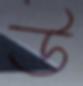
উ